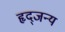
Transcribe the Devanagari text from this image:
हृद्जन्‍य